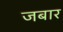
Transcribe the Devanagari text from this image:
जबार